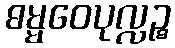
ဓမ္မဝေပုလ္လဉ္စ